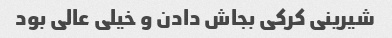
شیرینی کرکی بجاش دادن و خیلی عالی بود